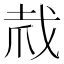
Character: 𢦼